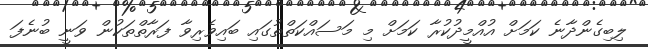
ލިބިގެންދާނެ ކަމަށް އުއްމީދުކުރާ ކަމަށް މި މަސައްކަތްތުގައި ބައިވެރިވާ ފަރާތްތަކުން ވަނީ ބުނެފަ